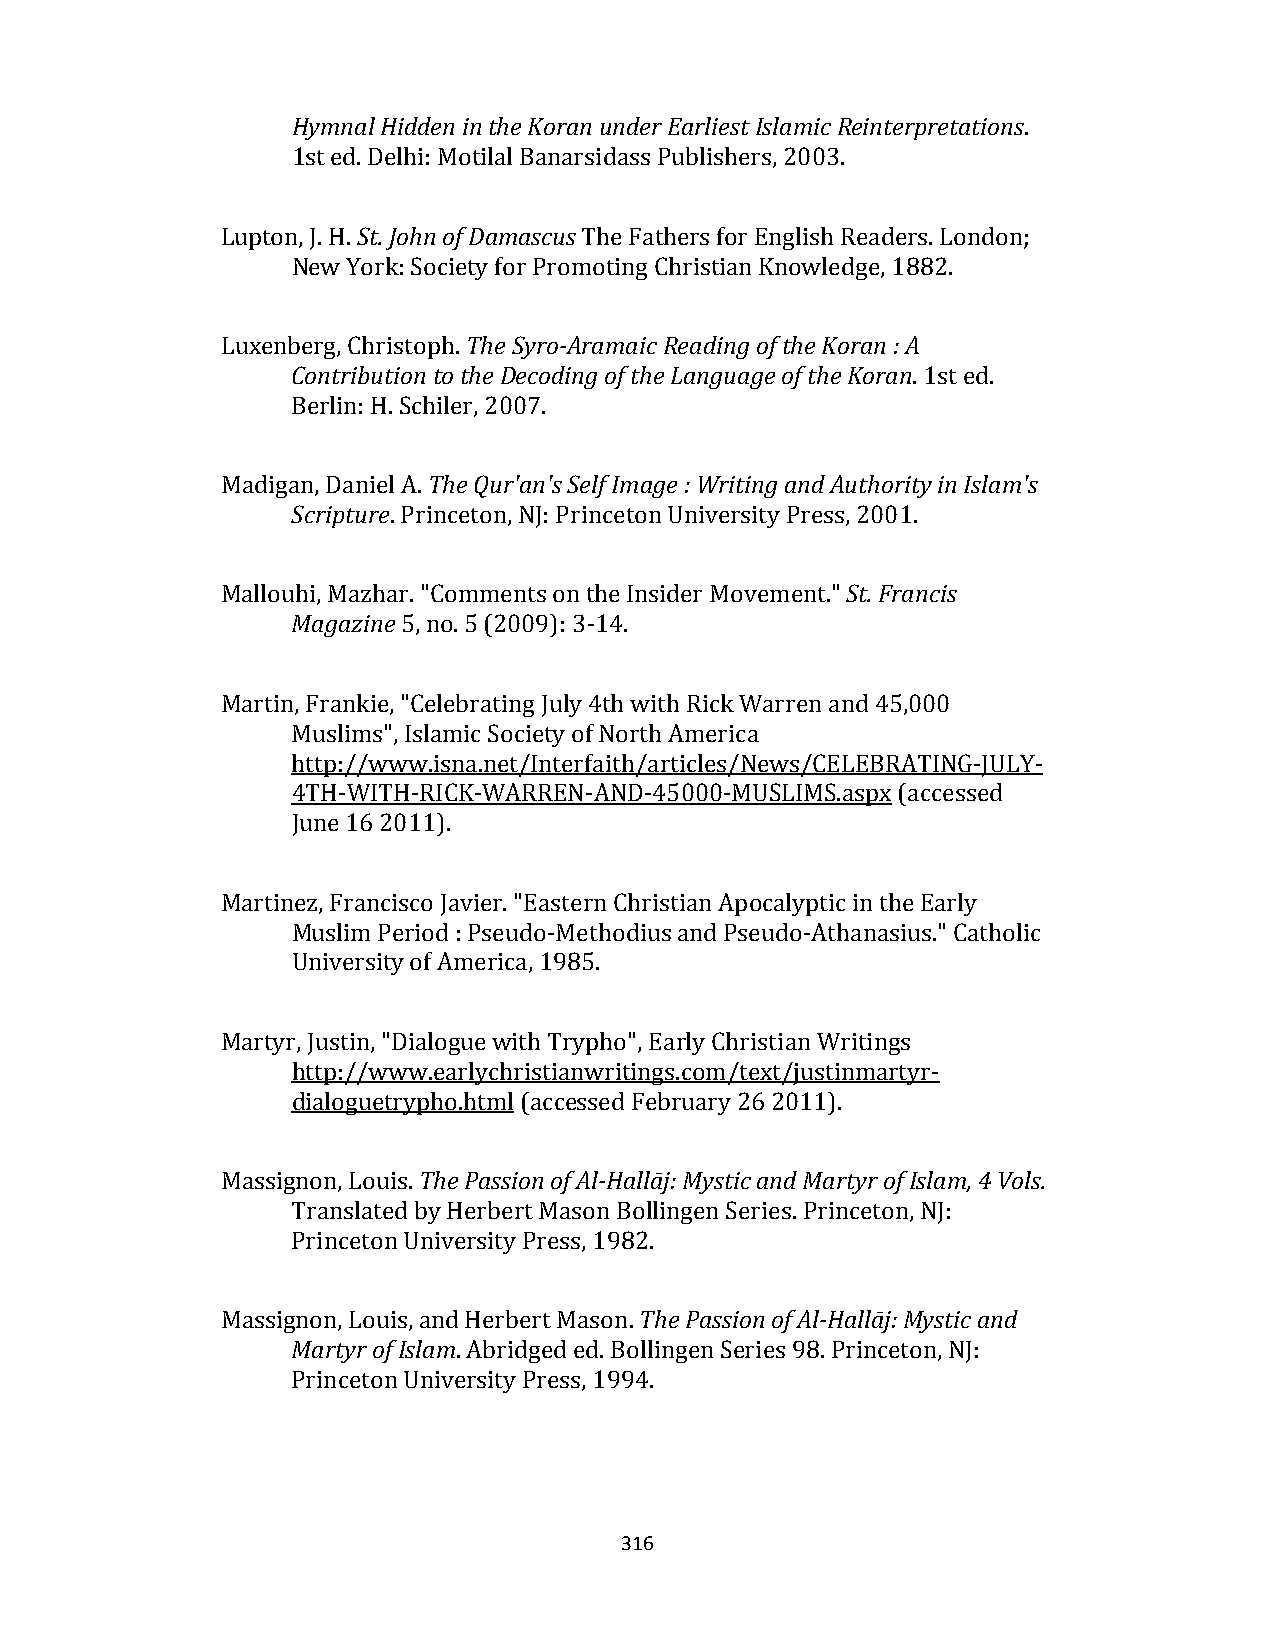
Hymnal Hidden in the Koran under Earliest Islamic Reinterpretations.
 1st ed. Delhi: Motilal Banarsidass Publishers, 2003.
 Lupton, J. H. St. John of Damascus The Fathers for English Readers. London;
 New York: Society for Promoting Christian Knowledge, 1882.
 Luxenberg, Christoph. The Syro‐Aramaic Reading of the Koran : A
 Contribution to the Decoding of the Language of the Koran. 1st ed.
 Berlin: H. Schiler, 2007.
 Madigan, Daniel A. The Qur'an's Self Image : Writing and Authority in Islam's
 Scripture. Princeton, NJ: Princeton University Press, 2001.
 Mallouhi, Mazhar. "Comments on the Insider Movement." St. Francis
 Magazine 5, no. 5 (2009): 3‐14.
 Martin, Frankie, "Celebrating July 4th with Rick Warren and 45,000
 Muslims", Islamic Society of North America
 http://www.isna.net/Interfaith/articles/News/CELEBRATING‐JULY‐
 4TH‐WITH‐RICK‐WARREN‐AND‐45000‐MUSLIMS.aspx (accessed
 June 16 2011).
 Martinez, Francisco Javier. "Eastern Christian Apocalyptic in the Early
 Muslim Period : Pseudo‐Methodius and Pseudo‐Athanasius." Catholic
 University of America, 1985.
 Martyr, Justin, "Dialogue with Trypho", Early Christian Writings
 http://www.earlychristianwritings.com/text/justinmartyr‐
 dialoguetrypho.html (accessed February 26 2011).
 Massignon, Louis. The Passion of Al‐Hallāj: Mystic and Martyr of Islam, 4 Vols.
 Translated by Herbert Mason Bollingen Series. Princeton, NJ:
 Princeton University Press, 1982.
 Massignon, Louis, and Herbert Mason. The Passion of Al‐Hallāj: Mystic and
 Martyr of Islam. Abridged ed. Bollingen Series 98. Princeton, NJ:
 Princeton University Press, 1994.
 316